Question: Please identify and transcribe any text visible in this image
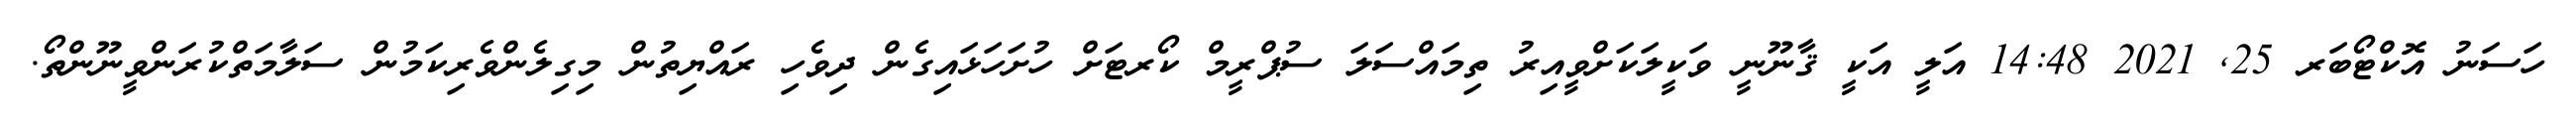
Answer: ހަސަނު އޮކްޓޯބަރ 25, 2021 14:48 އަލީ އަކީ ޤާނޫނީ ވަކީލަކަށްވީއިރު ތިމައްސަލަ ސުޕްރީމް ކޯރޓަށް ހުށަހަޅައިގެން ދިވެހި ރައްޔިތުން މިގިލެންވެރިކަމުން ސަލާމަތްކުރަންވީނޫންތޯ.